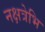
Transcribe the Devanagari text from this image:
नक्षत्रेभि